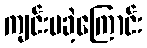
ကျင်းပခဲ့ကြောင်း